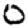
Digit: 0